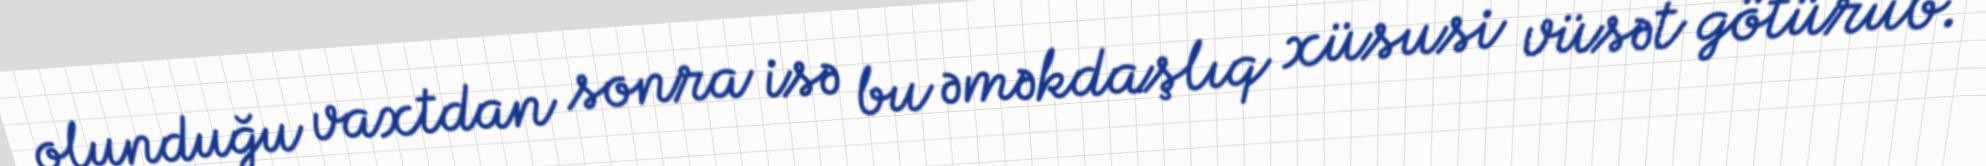
olunduğu vaxtdan sonra isə bu əməkdaşlıq xüsusi vüsət götürüb.